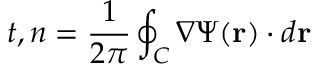
t , n = \frac { 1 } { 2 \pi } \oint _ { C } \nabla \Psi ( \mathbf { r } ) \cdot d \mathbf { r }